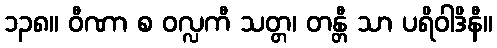
၁၃၈။ ဝီဏာ စ ဝလ္လကီ သတ္တ၊ တန္တီ သာ ပရိဝါဒိနီ။